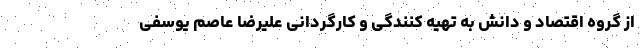
از گروه اقتصاد و دانش به تهیه کنندگی و کارگردانی علیرضا عاصم یوسفی